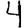
Digit: 4